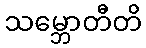
သမ္ဘောတီတိ